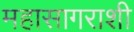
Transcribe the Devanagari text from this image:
महासागराशी